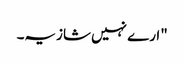
"ارے نہیں شازیہ۔